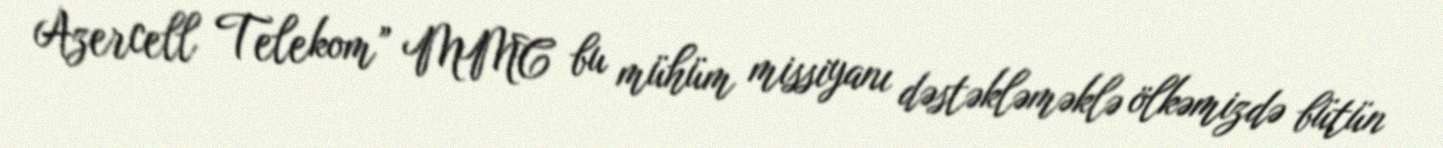
Azercell Telekom” MMC bu mühüm missiyanı dəstəkləməklə ölkəmizdə bütün